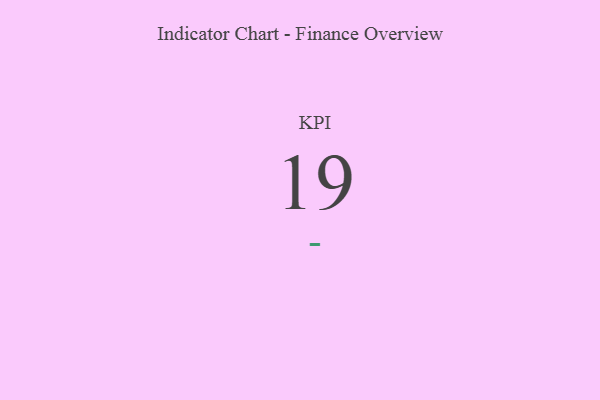
{"axis": {"x": "KPI", "y": "Value"}, "legend": [""], "data": [{"x": "KPI", "y": 19, "type": ""}]}